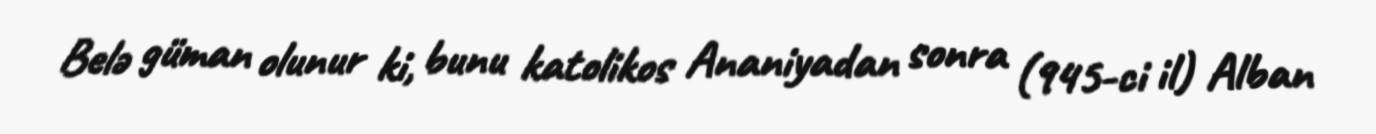
Belə güman olunur ki, bunu katolikos Ananiyadan sonra (945-ci il) Alban